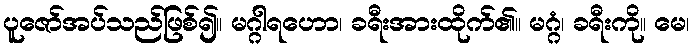
ပူဇော်အပ်သည်ဖြစ်၍။ မဂ္ဂါရဟော၊ ခရီးအားထိုက်၏။ မဂ္ဂံ၊ ခရီးကို။ မေ၊